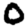
Digit: 0